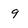
Character: 9